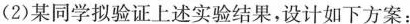
(2)某同学拟验证上述实验结果，设计如下方案：